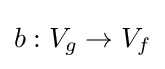
b:V_{g}\to V_{f}